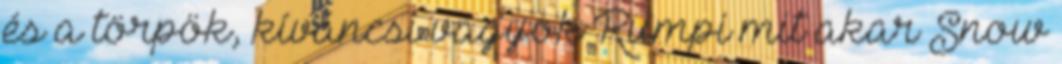
és a törpök, kíváncsi vagyok Rumpi mit akar Snow